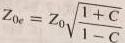
$Z_{0e}=Z_{0}\sqrt{\frac{1+C}{1 - C}}$